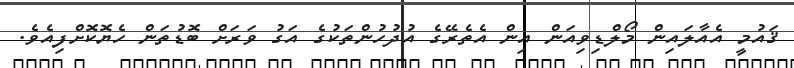
ޤައުމީ އެއާލައިން މޯލްޑިވިއަން އިން އެތެރޭގެ އުދުހުންތަކުގެ އަގު ވަރަށް ބޮޑުތަން ހެޔޮކޮށްފިއެވެ.